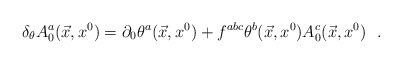
\begin{align*}\delta_\theta A^a_0(\vec{x},x^0)=\partial_0\theta^a(\vec{x},x^0)+f^{abc}\theta^b(\vec{x},x^0)A^c_0(\vec{x},x^0)\ \ .\end{align*}